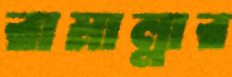
রামাল্লার